Insane asylums in Bengal annual reports 1876-1887 - 1876-1887
Year: 1876
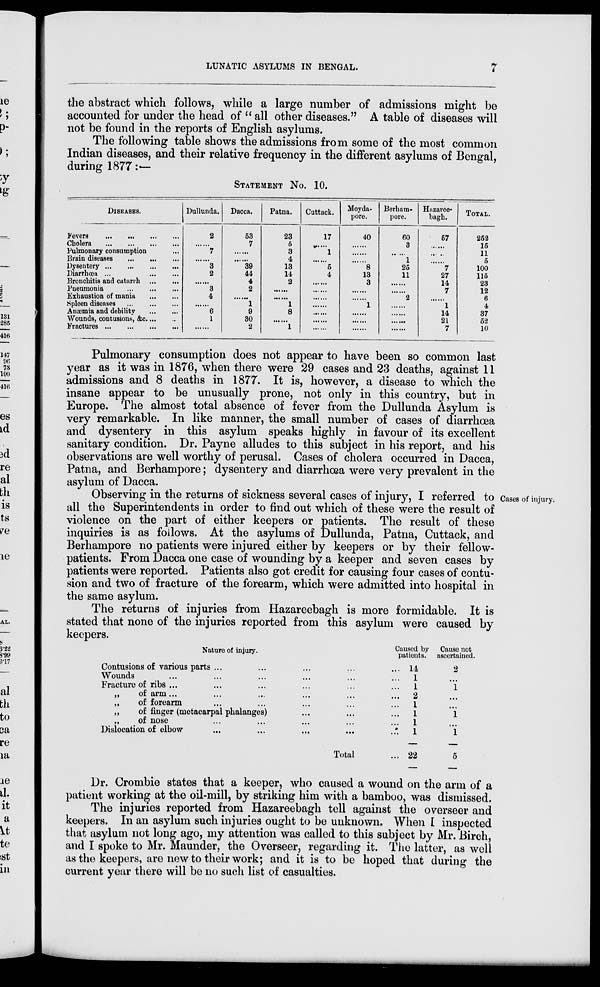
LUNATIC ASYLUMS IN BENGAL.
7
the abstract which follows, while a large number of admissions might be
accounted for under the head of " all other diseases." A table of diseases will
not be found in the reports of English asylums.
The following table shows the admissions from some of the most common
Indian diseases, and their relative frequency in the different asylums of Bengal,
during 1877 :—
STATEMENT No. 10.
DISEASES.
Fevers
...
...
...
...
Cholera
...
...
...
...
Pulmonary consumption ...
Brain diseases
...
...
...
Dysentery
...
...
...
...
Diarrhœa
... ... ...
Bronchitis and catarrh
...
...
Pueamonia
...
...
...
Exhaustion of mania ... ...
Spleen diseases
...
...
...
Anosmia and debility
...
...
Wounds, contusions, &c. ... ..
Fractures
...
...
...
...
Dullunda.
2
......
7
......
3
2
......
3
4
......
6
1
......
Dacca.
53
7
......
......
39
44
4
2
......
1
9
30
2
Patna.
23
5
3
4
13
14
2
......
......
1
8
......
1
Cuttack.
17
......
1
......
5
4
......
......
......
......
......
......
......
Moyda-
pore.
40
......
......
......
8
13
3
......
......
1
......
......
......
Berham-
pore.
60
3
1
25
11
......
......
2
......
......
......
......
Hazaree-
bagh.
57
......
......
......
7
27
14
7
......
1
14
21
7
TOTAL.
252
15
11
5
100
115
23
12
6
4
37
52
10
Pulmonary consumption does not appear to have been so common last
year as it was in 1876, when there were 29 cases and 23 deaths, against 11
admissions and 8 deaths in 1877. It is, however, a disease to which the
insane appear to be unusually prone, not only in this country, but in
Europe. The almost total absence of fever from the Dullunda Asylum is
very remarkable. In like manner, the small number of cases of diarrhœa
and dysentery in this asylum speaks highly in favour of its excellent
sanitary condition. Dr. Payne alludes to this subject in his report, and his
observations are well worthy of perusal. Cases of cholera occurred in Dacca,
Patna, and Berhampore; dysentery and diarrhœa were very prevalent in the
asylum of Dacca.
Cases of injury.
Observing in the returns of sickness several cases of injury, I referred to
all the Superintendents in order to find out which of these were the result of
violence on the part of either keepers or patients. The result of these
inquiries is as follows. At the asylums of Dullunda, Patna, Cuttack, and
Berhampore no patients were injured either by keepers or by their fellow-
patients. From Dacca one case of wounding by a keeper and seven cases by
patients were reported. Patients also got credit for causing four cases of contu-
sion and two of fracture of the forearm, which were admitted into hospital in
the same asylum.
The returns of injuries from Hazareebagh is more formidable. It is
stated that none of the injuries reported from this asylum were caused by
keepers.
Nature of injury.
Contusions of various parts ... ... ... ... ...
Wounds ... ... ... ... ... ...
Fracture of ribs ... ... ... ... ... ...
„
of arm ... ... ... ... ... ...
„
of forearm ... ... ... ... ...
„
of finger (metacarpal phalanges) ... ... ...
„
of nose ... ... ... ... ...
Dislocation of elbow ... ... ... ... ...
Total ...
Caused by
patients.
4
1
1
2
1
1
1
1
22
Cause not
ascertained.
2
...
1
...
...
1 ...
1
5
Dr. Crombie states that a keeper, who caused a wound on the arm of a
patient working at the oil-mill, by striking him with a bamboo, was dismissed.
The injuries reported from Hazareebagh tell against the overseer and
keepers. In an asylum such injuries ought to be unknown. When I inspected
that asylum not long ago, my attention was called to this subject by Mr. Birch,
and I spoke to Mr. Maunder, the Overseer, regarding it. The latter, as well
as the keepers, are new to their work; and it is to be hoped that during the
current year there will be no such list of casualties.